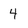
Character: 4